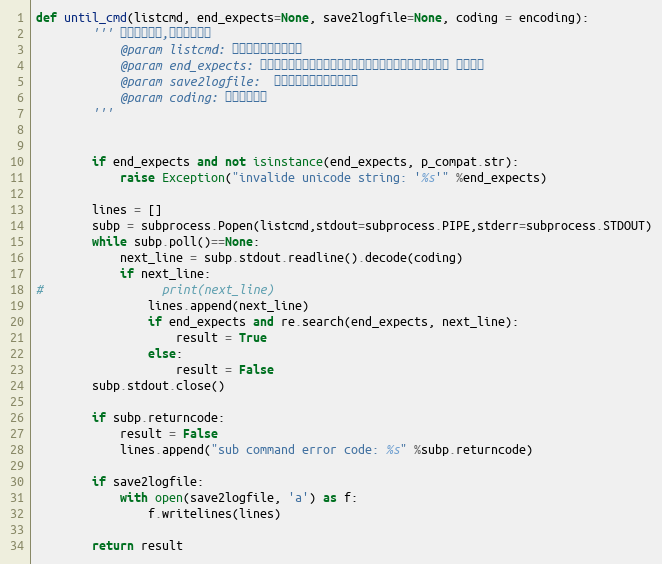
Language: Python
def until_cmd(listcmd, end_expects=None, save2logfile=None, coding = encoding):
        ''' 执行系统命令,并等待执行完
            @param listcmd: 执行的命令，列表格式
            @param end_expects: 命令执行结束，在输出的最后一行，正则搜素期望值，并设置 结果标志
            @param save2logfile:  设置执行过程，保存的日志
            @param coding: 设置输出编码
        '''

        if end_expects and not isinstance(end_expects, p_compat.str):
            raise Exception("invalide unicode string: '%s'" %end_expects)

        lines = []
        subp = subprocess.Popen(listcmd,stdout=subprocess.PIPE,stderr=subprocess.STDOUT)
        while subp.poll()==None:
            next_line = subp.stdout.readline().decode(coding)
            if next_line:
#                 print(next_line)
                lines.append(next_line)
                if end_expects and re.search(end_expects, next_line):
                    result = True
                else:
                    result = False
        subp.stdout.close()

        if subp.returncode:
            result = False
            lines.append("sub command error code: %s" %subp.returncode)

        if save2logfile:
            with open(save2logfile, 'a') as f:
                f.writelines(lines)

        return result